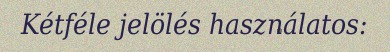
Kétféle jelölés használatos: